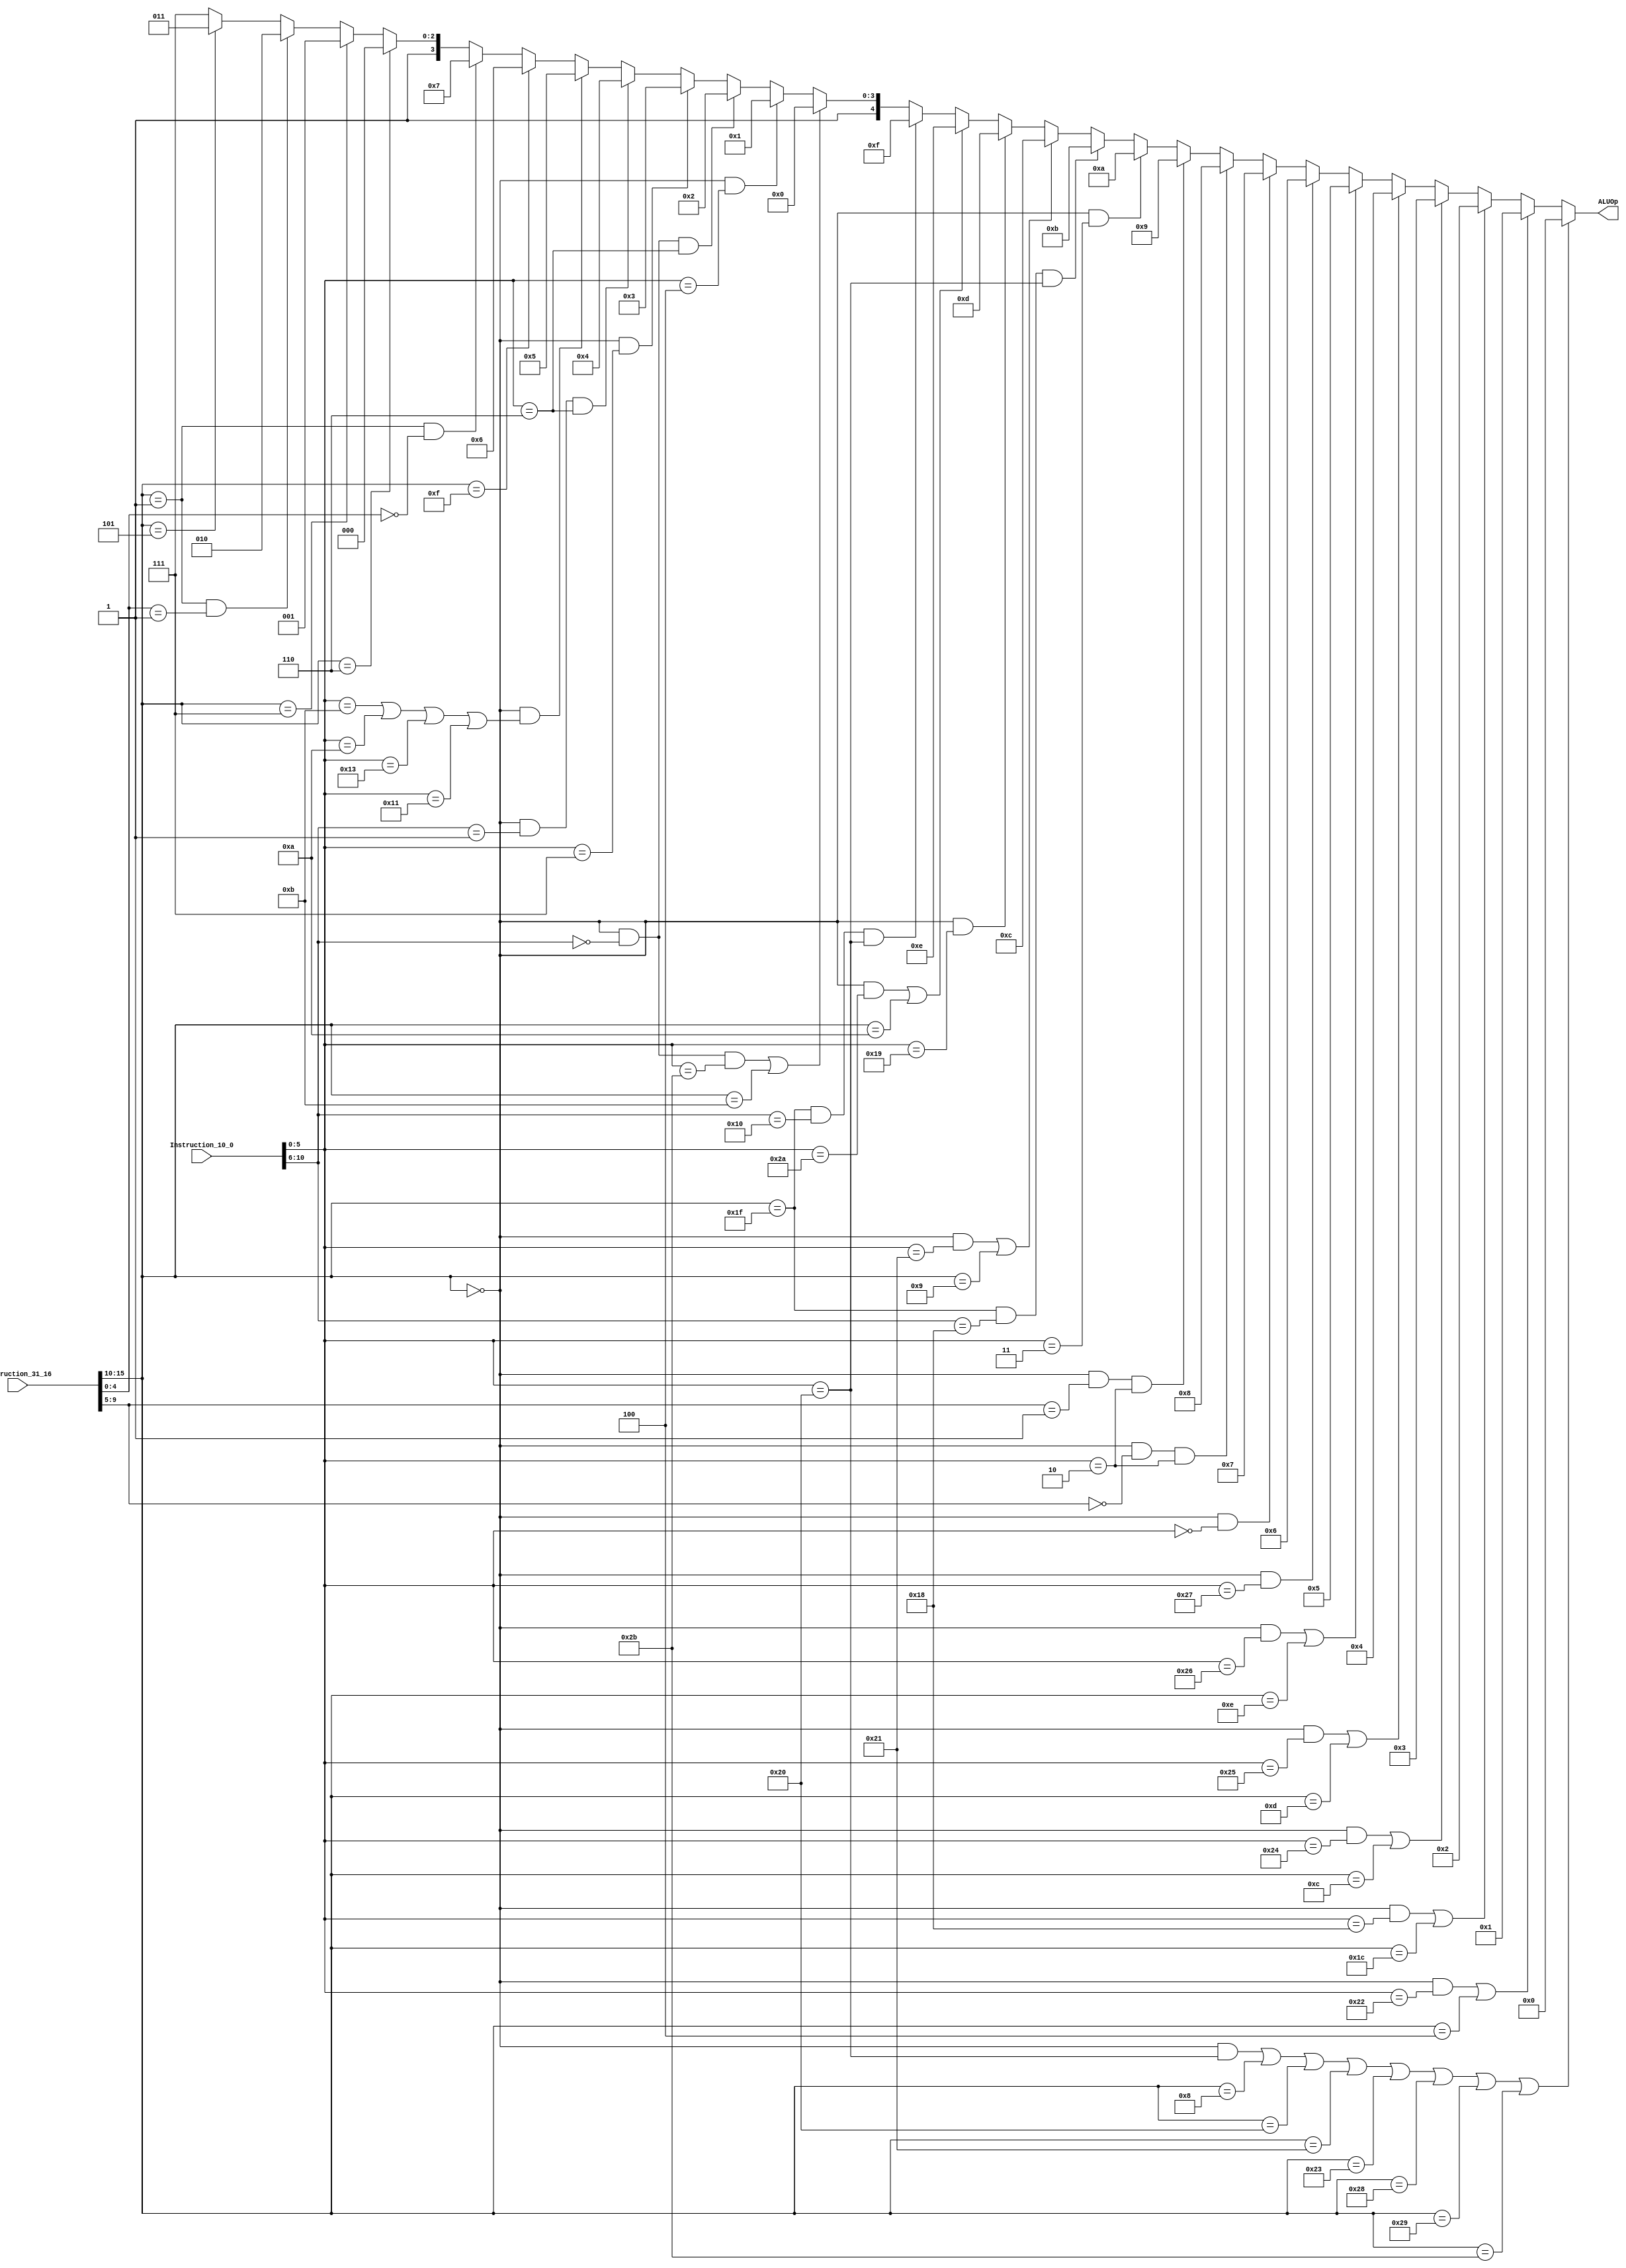
`timescale 1ns / 1ps
//////////////////////////////////////////////////////////////////////////////////
// Company: 
// Engineer: 
// 
// Design Name: 
// Module Name: ALUController
// Project Name: 
// Target Devices: 
// Tool Versions: 
// Description: 
// 
// Dependencies: 
// 
// Revision:
// Revision 0.01 - File Created
// Additional Comments:
// 
//////////////////////////////////////////////////////////////////////////////////


module ALUController(Instruction_31_16, Instruction_10_0, ALUOp);
    
    input [31:16] Instruction_31_16;
    input [10:0] Instruction_10_0;
    
    output reg [4:0] ALUOp;
    
    always@(*) begin
        
        // Add
        if ((Instruction_31_16[31:26] == 6'b000000 && Instruction_10_0[5:0] == 6'b100000) || (Instruction_31_16[31:26] == 6'b001000) || (Instruction_31_16[31:26] == 6'b100000) || (Instruction_31_16[31:26] == 6'b100001) || (Instruction_31_16[31:26] == 6'b100011) || (Instruction_31_16[31:26] == 6'b101000) || (Instruction_31_16[31:26] == 6'b101001) || (Instruction_31_16[31:26] == 6'b101011))
            ALUOp <= 5'b00000;

        // Subtract
        else if ((Instruction_31_16[31:26] == 6'b000000 && Instruction_10_0[5:0] == 6'b100010) || (Instruction_31_16[31:26] == 6'b000100))
            ALUOp <= 5'b00001;
        
        // Multiply
        else if ((Instruction_31_16[31:26] == 6'b000000 && Instruction_10_0[5:0] == 6'b011000) || Instruction_31_16[31:26] == 6'b011100)
            ALUOp <= 5'b00010;
            
        // And
        else if ((Instruction_31_16[31:26] == 6'b000000 && Instruction_10_0[5:0] == 6'b100100) || Instruction_31_16[31:26] == 6'b001100)
            ALUOp <= 5'b00011;
        
        // Or
        else if ((Instruction_31_16[31:26] == 6'b000000 && Instruction_10_0[5:0] == 6'b100101) || Instruction_31_16[31:26] == 6'b001101)
            ALUOp <= 5'b00100;
        
        // Xor
        else if ((Instruction_31_16[31:26] == 6'b000000 && Instruction_10_0[5:0] == 6'b100110) || Instruction_31_16[31:26] == 6'b001110)
            ALUOp <= 5'b00101;
            
        // Nor
        else if (Instruction_31_16[31:26] == 6'b000000 && Instruction_10_0[5:0] == 6'b100111)
            ALUOp <= 5'b00110;
            
        // Sll
        else if (Instruction_31_16[31:26] == 6'b000000 && Instruction_10_0[5:0] == 6'b000000)
            ALUOp <= 5'b00111;
            
        // Srl
        else if (Instruction_31_16[31:26] == 6'b000000 && Instruction_31_16[25:21] == 5'b00000 && Instruction_10_0[5:0] == 6'b000010)
            ALUOp <= 5'b01000;
       
        // Rotr
        else if (Instruction_31_16[31:26] == 6'b000000 && Instruction_31_16[25:21] == 5'b00001 && Instruction_10_0[5:0] == 6'b000010)
            ALUOp <= 5'b01001;
            
        // Sra
        else if (Instruction_31_16[31:26] == 6'b000000 && Instruction_10_0[5:0] == 6'b000011)
            ALUOp <= 5'b01010;
            
        // Seh
        else if (Instruction_31_16[31:26] == 6'b011111 && Instruction_10_0[10:6] == 5'b11000 && Instruction_10_0[5:0] == 6'b100000)
            ALUOp <= 5'b01011;
            
        // Addu
        else if ((Instruction_31_16[31:26] == 6'b000000 && Instruction_10_0[5:0] == 6'b100001) || Instruction_31_16[31:26] == 6'b001001)
            ALUOp <= 5'b01100;
            
        // Multu
        else if (Instruction_31_16[31:26] == 6'b000000 && Instruction_10_0[5:0] == 6'b011001)
            ALUOp <= 5'b01101;
        
        // Slt
        else if ((Instruction_31_16[31:26] == 6'b000000 && Instruction_10_0[5:0] == 6'b101010) || Instruction_31_16[31:26] == 6'b001010)
            ALUOp <= 5'b01110;
            
        // Seb
        else if (Instruction_31_16[31:26] == 6'b011111 && Instruction_10_0[10:6] == 5'b10000 && Instruction_10_0[5:0] == 6'b100000)
            ALUOp <= 5'b01111; 
            
        // Sltu
        else if ((Instruction_31_16[31:26] == 6'b000000 && Instruction_10_0[10:6] == 5'b00000 && Instruction_10_0[5:0] == 6'b101011) || (Instruction_31_16[31:26] == 6'b001011))
            ALUOp <= 5'b10000;
            
        // Sllv
        else if (Instruction_31_16[31:26] == 6'b000000 && Instruction_10_0[5:0] == 6'b000100)
            ALUOp <= 5'b10001;
            
        // Srlv
        else if (Instruction_31_16[31:26] == 6'b000000 && Instruction_10_0[10:6] == 5'b00000 && Instruction_10_0[5:0] == 6'b000110)
            ALUOp <= 5'b10010;
            
        // Srav
        else if (Instruction_31_16[31:26] == 6'b000000 && Instruction_10_0[5:0] == 6'b000111)
            ALUOp <= 5'b10011;
            
        // Rotrv
        else if (Instruction_31_16[31:26] == 6'b000000 && Instruction_10_0[10:6] == 5'b00001 && Instruction_10_0[5:0] == 6'b000110)
            ALUOp <= 5'b10100;
            
        // Movn/Movz/Mtlo/Mthi
        else if (Instruction_31_16[31:26] == 6'b000000 && (Instruction_10_0[5:0] == 6'b001011 || Instruction_10_0[5:0] == 6'b001010 || Instruction_10_0[5:0] == 6'b010011 || Instruction_10_0[5:0] == 6'b010001))
            ALUOp <= 5'b10101;
            
        // Lui
        else if (Instruction_31_16[31:26] == 6'b001111)
            ALUOp <= 5'b10110;
        
        // Bltz
        else if (Instruction_31_16[31:26] == 6'b000001 && Instruction_31_16[20:16] == 5'b00000)
            ALUOp <= 5'b10111;
            
        // Blez
        else if (Instruction_31_16[31:26] == 6'b000110)
            ALUOp <= 5'b11000;
            
        // Bgtz
        else if (Instruction_31_16[31:26] == 6'b000111)
            ALUOp <= 5'b11001;
        
        // Bgez
        else if (Instruction_31_16[31:26] == 6'b000001 && Instruction_31_16[20:16] == 5'b00001)
            ALUOp <= 5'b11010;
            
        // bne
        else if (Instruction_31_16[31:26] == 6'b000101)
            ALUOp <= 5'b11011;
       
        // Default to 11111
        else
            ALUOp <= 5'b11111;
           
    end
endmodule